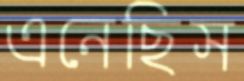
এনেছিস